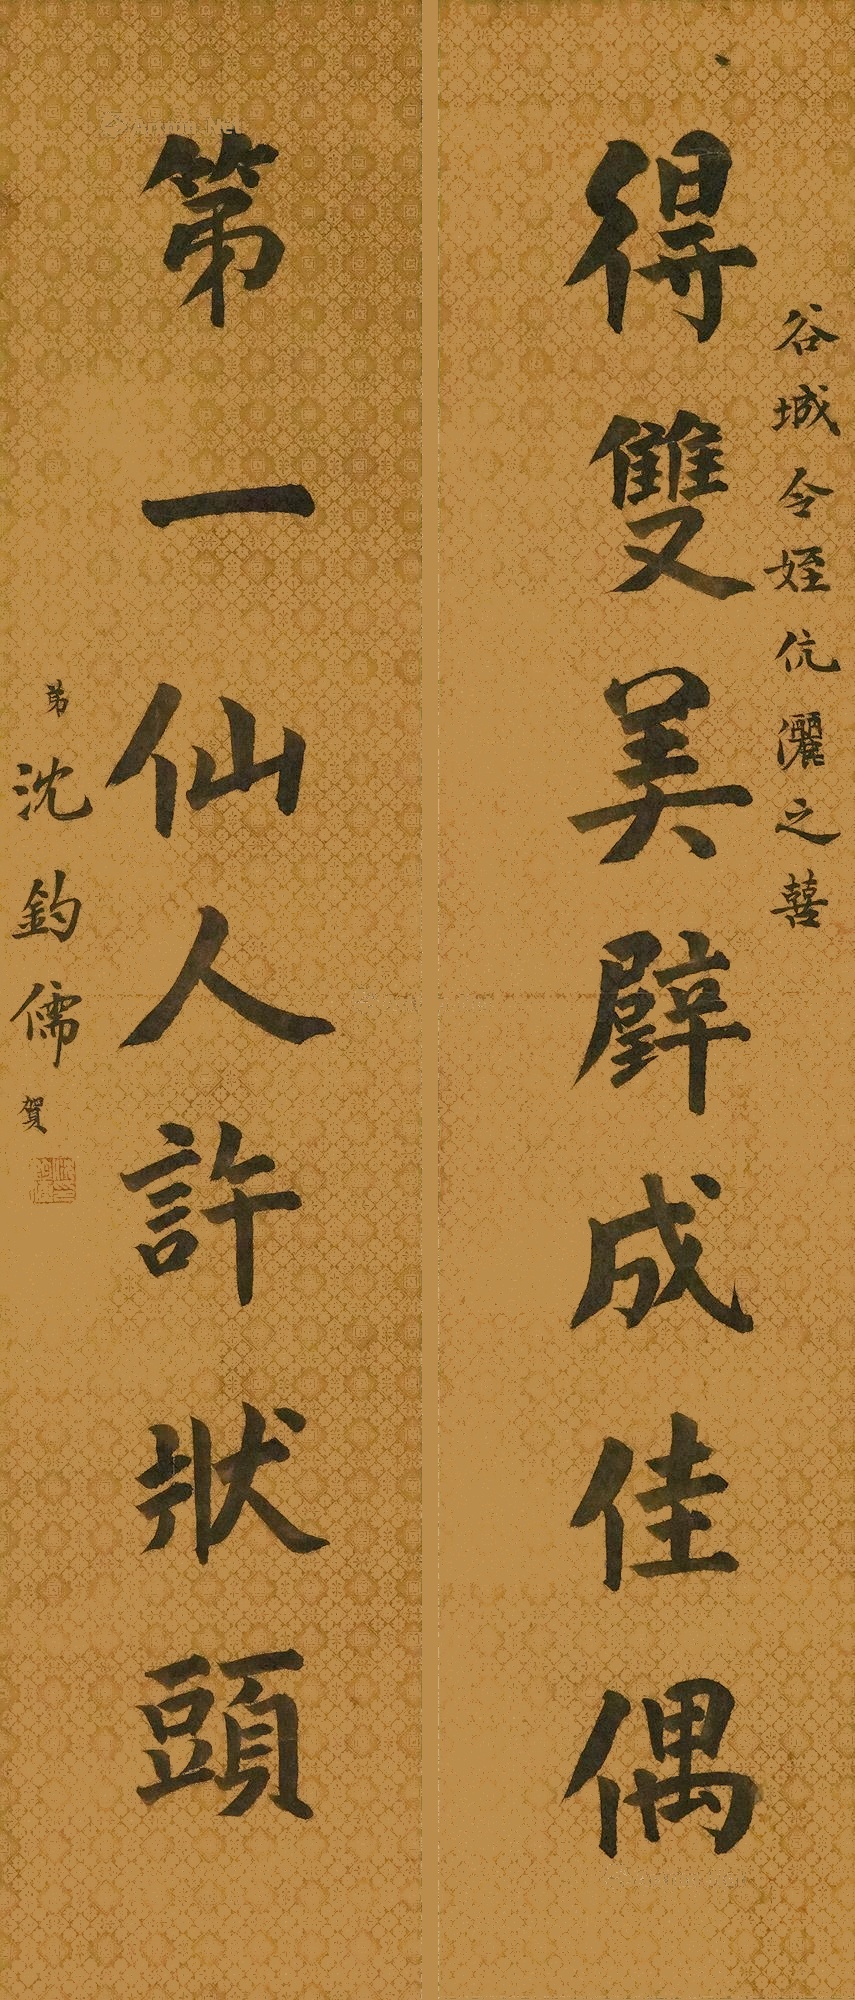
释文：得双美璧成佳偶，第一仙人许状头。谷城令侄伉俪之喜。沈钧儒贺。